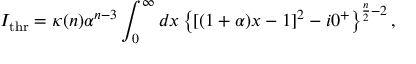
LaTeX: I _ { \mathrm { t h r } } = \kappa ( n ) \alpha ^ { n - 3 } \int _ { 0 } ^ { \infty } d x \left\{ [ ( 1 + \alpha ) x - 1 ] ^ { 2 } - i 0 ^ { + } \right\} ^ { \frac { n } { 2 } - 2 } ,